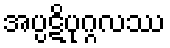
အပ္ပဋိပုဂ္ဂလဿ